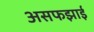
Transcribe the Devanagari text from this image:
असफझाई